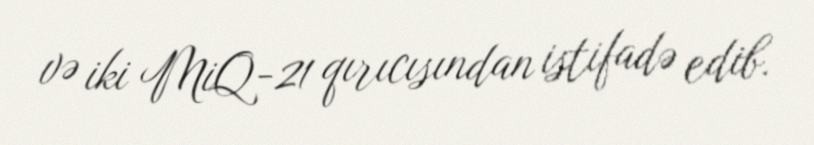
və iki MiQ-21 qırıcısından istifadə edib.